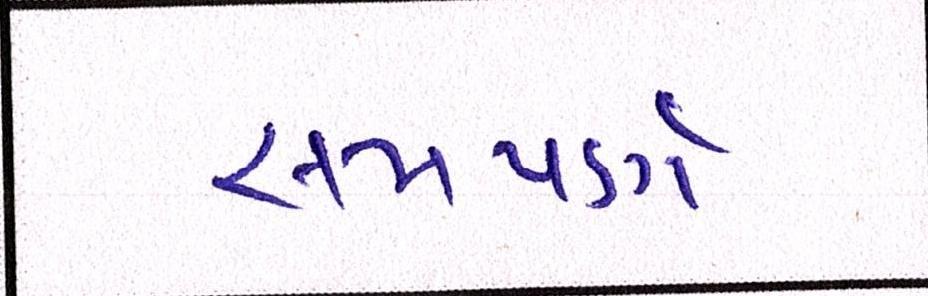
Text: સમપર્ણ